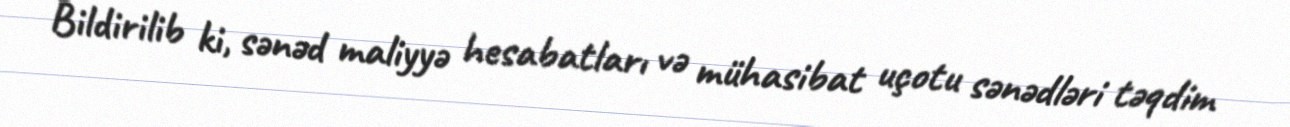
Bildirilib ki, sənəd maliyyə hesabatları və mühasibat uçotu sənədləri təqdim